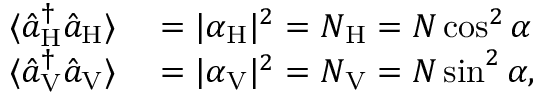
\begin{array} { r l } { \langle \hat { a } _ { \mathrm { H } } ^ { \dagger } \hat { a } _ { \mathrm { H } } \rangle } & { { } = | \alpha _ { \mathrm { H } } | ^ { 2 } = N _ { \mathrm { H } } = N \cos ^ { 2 } \alpha } \\ { \langle \hat { a } _ { \mathrm { V } } ^ { \dagger } \hat { a } _ { \mathrm { V } } \rangle } & { { } = | \alpha _ { \mathrm { V } } | ^ { 2 } = N _ { \mathrm { V } } = N \sin ^ { 2 } \alpha , } \end{array}